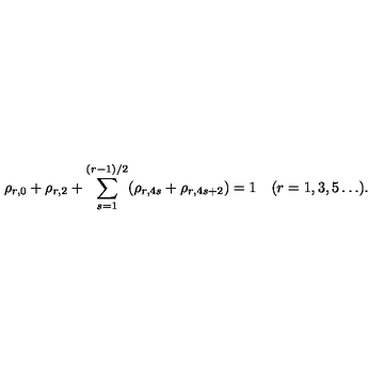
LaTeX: \rho _ { r , 0 } + \rho _ { r , 2 } + \sum _ { s = 1 } ^ { ( r - 1 ) / 2 } ( \rho _ { r , 4 s } + \rho _ { r , 4 s + 2 } ) = 1 \quad ( r = 1 , 3 , 5 \ldots ) .